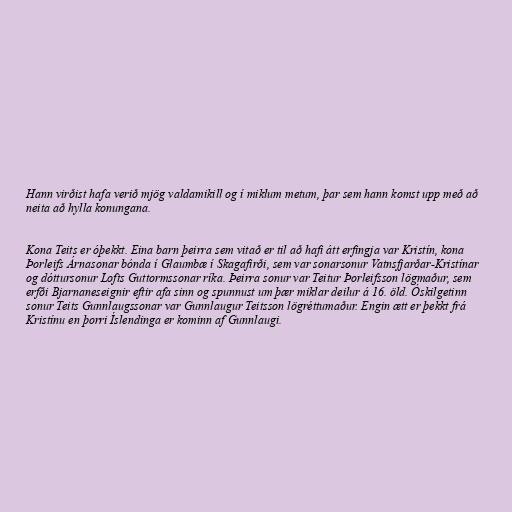
Hann virðist hafa verið mjög valdamikill og í miklum metum, þar sem hann komst upp með að
neita að hylla konungana.

Kona Teits er óþekkt. Eina barn þeirra sem vitað er til að hafi átt erfingja var Kristín, kona
Þorleifs Árnasonar bónda í Glaumbæ í Skagafirði, sem var sonarsonur Vatnsfjarðar-Kristínar
og dóttursonur Lofts Guttormssonar ríka. Þeirra sonur var Teitur Þorleifsson lögmaður, sem
erfði Bjarnaneseignir eftir afa sinn og spunnust um þær miklar deilur á 16. öld. Óskilgetinn
sonur Teits Gunnlaugssonar var Gunnlaugur Teitsson lögréttumaður. Engin ætt er þekkt frá
Kristínu en þorri Íslendinga er kominn af Gunnlaugi.